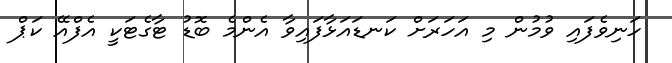
ހަނިވެފައި ވުމުން މި އަހަރަށް ކަނޑައަޅާފައިވާ އެންމެ ބޮޑު ޓާގެޓަކީ އެފްއޭ ކަޕް